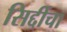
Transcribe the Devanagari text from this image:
सिद्दींचा